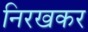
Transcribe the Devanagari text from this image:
निरखकर